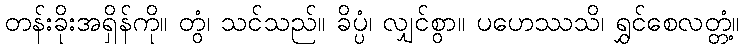
တန်းခိုးအရှိန်ကို။ တွံ၊ သင်သည်။ ခိပ္ပံ၊ လျှင်စွာ။ ပဟေဿသိ၊ ရွှင်စေလတ္တံ့။